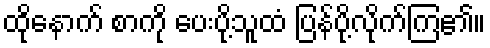
ထိုနောက် စာကို ပေးပို့သူထံ ပြန်ပို့လိုက်ကြ၏။